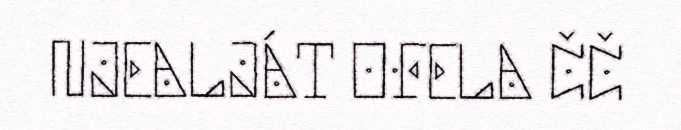
NJEALJÁT OFELA ČČ